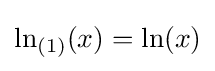
\ln _{(1)}(x)=\ln(x)